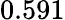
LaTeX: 0.591